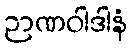
ဉာဏဝါဒါနံ